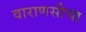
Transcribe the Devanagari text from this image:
वाराणसीचा